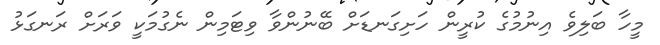
މީހާ ބަލިވެ އިނުމުގެ ކުރީން ހަށިގަނޑަށް ބޭނުންވާ ވިޓަމިން ނެގުމަކީ ވަރަށް ރަނގަޅު